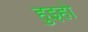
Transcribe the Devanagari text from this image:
हुइहो